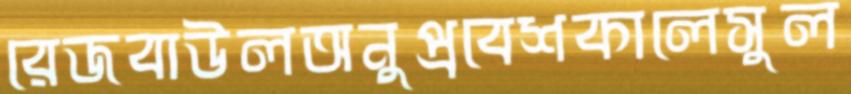
রেজবাউলঅনুপ্রবেশকালেসুল